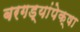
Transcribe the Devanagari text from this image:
बरगड्यांपेक्षा